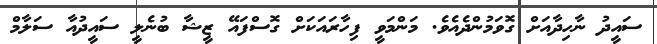
ސައީދު ނާހިދާއަށް ގޮވަމުންދެއެވެ. މަންމަވީ ފިހާރައަކަށް ގޮސްފައޭ ޒީޝާ ބުނެލީ ސައީދުއާ ސަލާމް